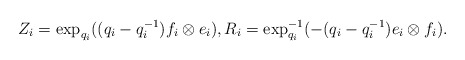
\begin{align*}Z_i=\exp_{q_i}((q_i-q_i^{-1})f_i\otimes e_i),R_i=\exp_{q_i}^{-1}(-(q_i-q_i^{-1})e_i\otimes f_i).\end{align*}